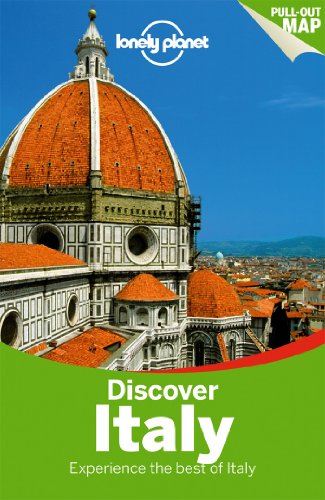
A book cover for Lonely Planet Discover Italy (Travel Guide); Lonely Planet; Travel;